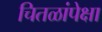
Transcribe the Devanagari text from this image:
चितळांपेक्षा